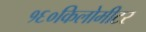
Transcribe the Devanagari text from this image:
१६०किलोमीटर